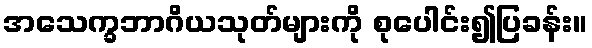
အသေက္ခဘာဂိယသုတ်များကို စုပေါင်း၍ပြခန်း။